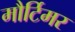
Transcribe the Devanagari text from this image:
मौर्टिमर